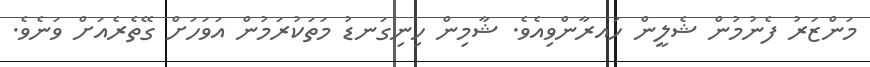
މަންޒަރު ފެނުމުން ޝެލީން ހައރާންވިއެވެ. ޝާމިން ހިނިގަނޑު މަތަކުރަމުން އަވަހަށް ގޭތެރެއަށް ވަނެވެ.